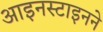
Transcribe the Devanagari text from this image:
आइनस्टाइनने